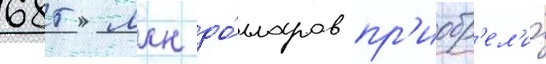
685 млн до́лларов пр'иобр'ел'и́